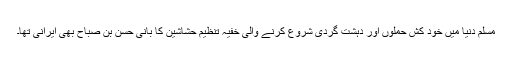
مسلم دنیا میں خود کش حملوں اور دہشت گردی شروع کرنے والی خفیہ تنظیم حشاشین کا بانی حسن بن صباح بھی ایرانی تھا۔